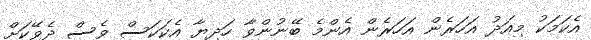
އެކަމަކު މިއަދު އަހަރެން އަހަރެން އެންމެ ބޭނުންވާ ހަދިޔާ އެކަކަސް ވެސް ދެވޭކަށް